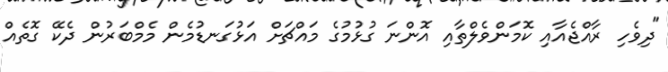
"ދިވެހި ރާއްޖެއާއި ކޮމަންވެލްތާއި އޮންނަ ގުޅުމުގެ މައްޗަށް އަޅުގަނޑުމެން މެމްބަރުން ދެކޭ ގޮތެއް